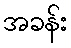
အခန်း